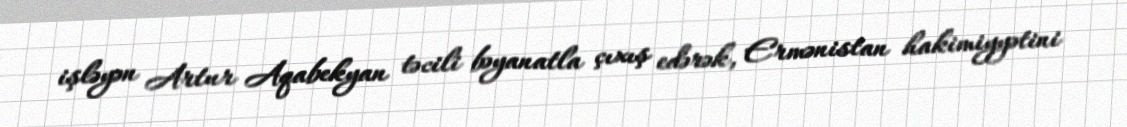
işləyən Artur Aqabekyan təcili bəyanatla çıxış edərək, Ermənistan hakimiyyətini